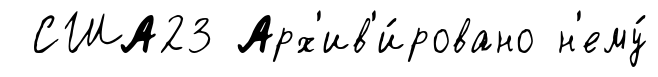
США23 Арх'ив'и́ровано н'ему́